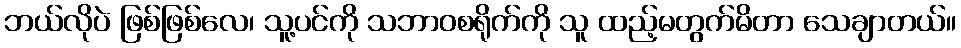
ဘယ်လိုပဲ ဖြစ်ဖြစ်လေ၊ သူ့ပင်ကို သဘာဝစရိုက်ကို သူ ထည့်မတွက်မိတာ သေချာတယ်။